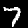
Label: 7